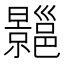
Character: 𢀍